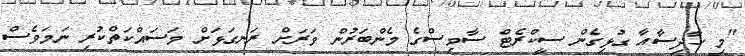
"މި ހާދިސާއާ ގުޅިގެން ސީކްރެޓް ސާވިސްގެ މެންބަރުން ވަރަށް ރަނގަޅަށް މަސައްކަތްކުރި ނަމަވެސް